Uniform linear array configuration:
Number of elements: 32
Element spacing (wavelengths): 0.5
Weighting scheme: blackman
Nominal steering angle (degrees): -15
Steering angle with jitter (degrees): -13.399
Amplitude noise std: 0.05
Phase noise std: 0.05

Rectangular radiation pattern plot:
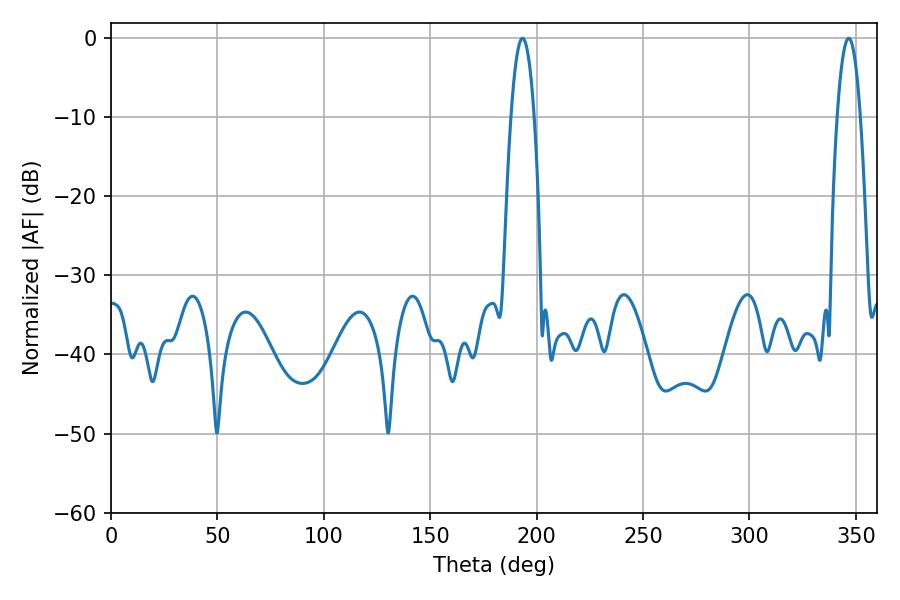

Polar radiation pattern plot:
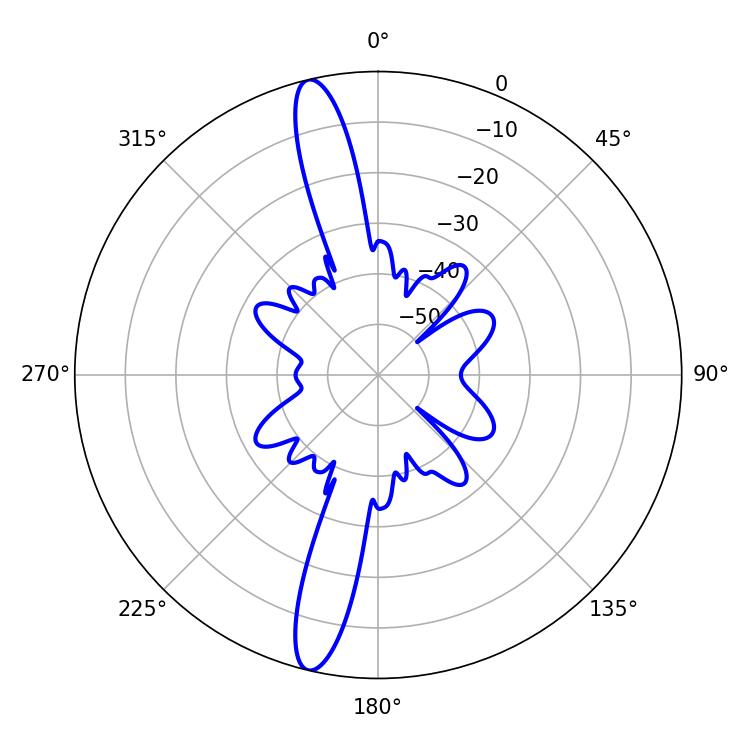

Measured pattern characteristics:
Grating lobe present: FALSE
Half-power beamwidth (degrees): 5.94
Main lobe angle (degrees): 193.32